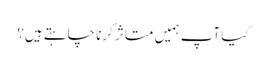
کیا آپ ہمیں متاثر کرنا چاہتے ہیں؟